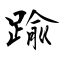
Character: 踰